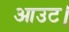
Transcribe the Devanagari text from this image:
आउट।